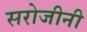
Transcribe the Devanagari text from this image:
सरोजीनी